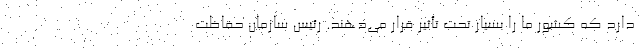
دارد که کشور ما را بسیار تحت تأثیر قرار می‌دهند. رئیس سازمان حفاظت